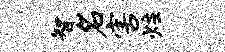
智名害炷